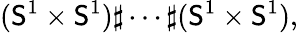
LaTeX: (\mathsf{S}^{1}\times\mathsf{S}^{1})\sharp\cdots\sharp(\mathsf{S}^{1}\times\mathsf{S}^{1}),